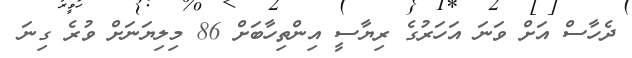
ދެހާސް އަށް ވަނަ އަހަރުގެ ރިޔާސީ އިންތިހާބަށް 86 މިލިޔަނަށް ވުރެ ގިނަ